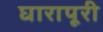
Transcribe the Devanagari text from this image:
घारापूरी